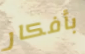
بأفكار